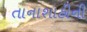
તાનાશાહીની